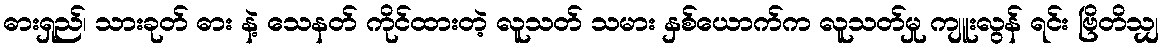
ဓားရှည်၊ သားခုတ် ဓား နဲ့ သေနတ် ကိုင်ထားတဲ့ လူသတ် သမား နှစ်ယောက်က လူသတ်မှု ကျူးလွန် ရင်း ဗြိတိသျှ